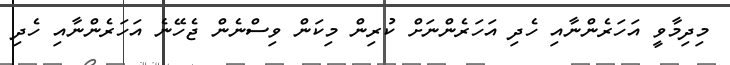
މިދިމާވީ އަހަރެންނާއި ހެދި އަހަރެންނަށް ކުރިން މިކަން ވިސްނެން ޖެހޭނެ އަހަރެންނާއި ހެދި